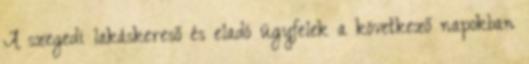
A szegedi lakáskereső és eladó ügyfelek a következő napokban